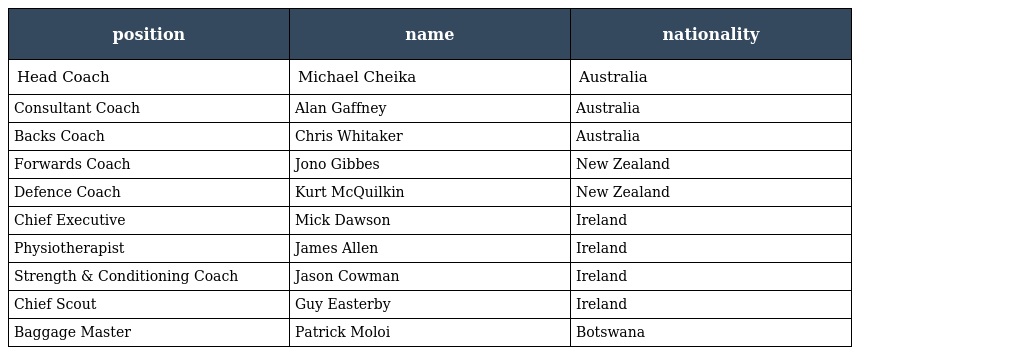
| position | name | nationality |
 | --- | --- | --- |
 | Head Coach | Michael Cheika | Australia |
 | Consultant Coach | Alan Gaffney | Australia |
 | Backs Coach | Chris Whitaker | Australia |
 | Forwards Coach | Jono Gibbes | New Zealand |
 | Defence Coach | Kurt McQuilkin | New Zealand |
 | Chief Executive | Mick Dawson | Ireland |
 | Physiotherapist | James Allen | Ireland |
 | Strength & Conditioning Coach | Jason Cowman | Ireland |
 | Chief Scout | Guy Easterby | Ireland |
 | Baggage Master | Patrick Moloi | Botswana |